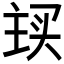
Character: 𬻽